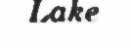
Lake